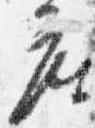
座